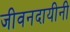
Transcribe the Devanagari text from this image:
जीवनदायीनी